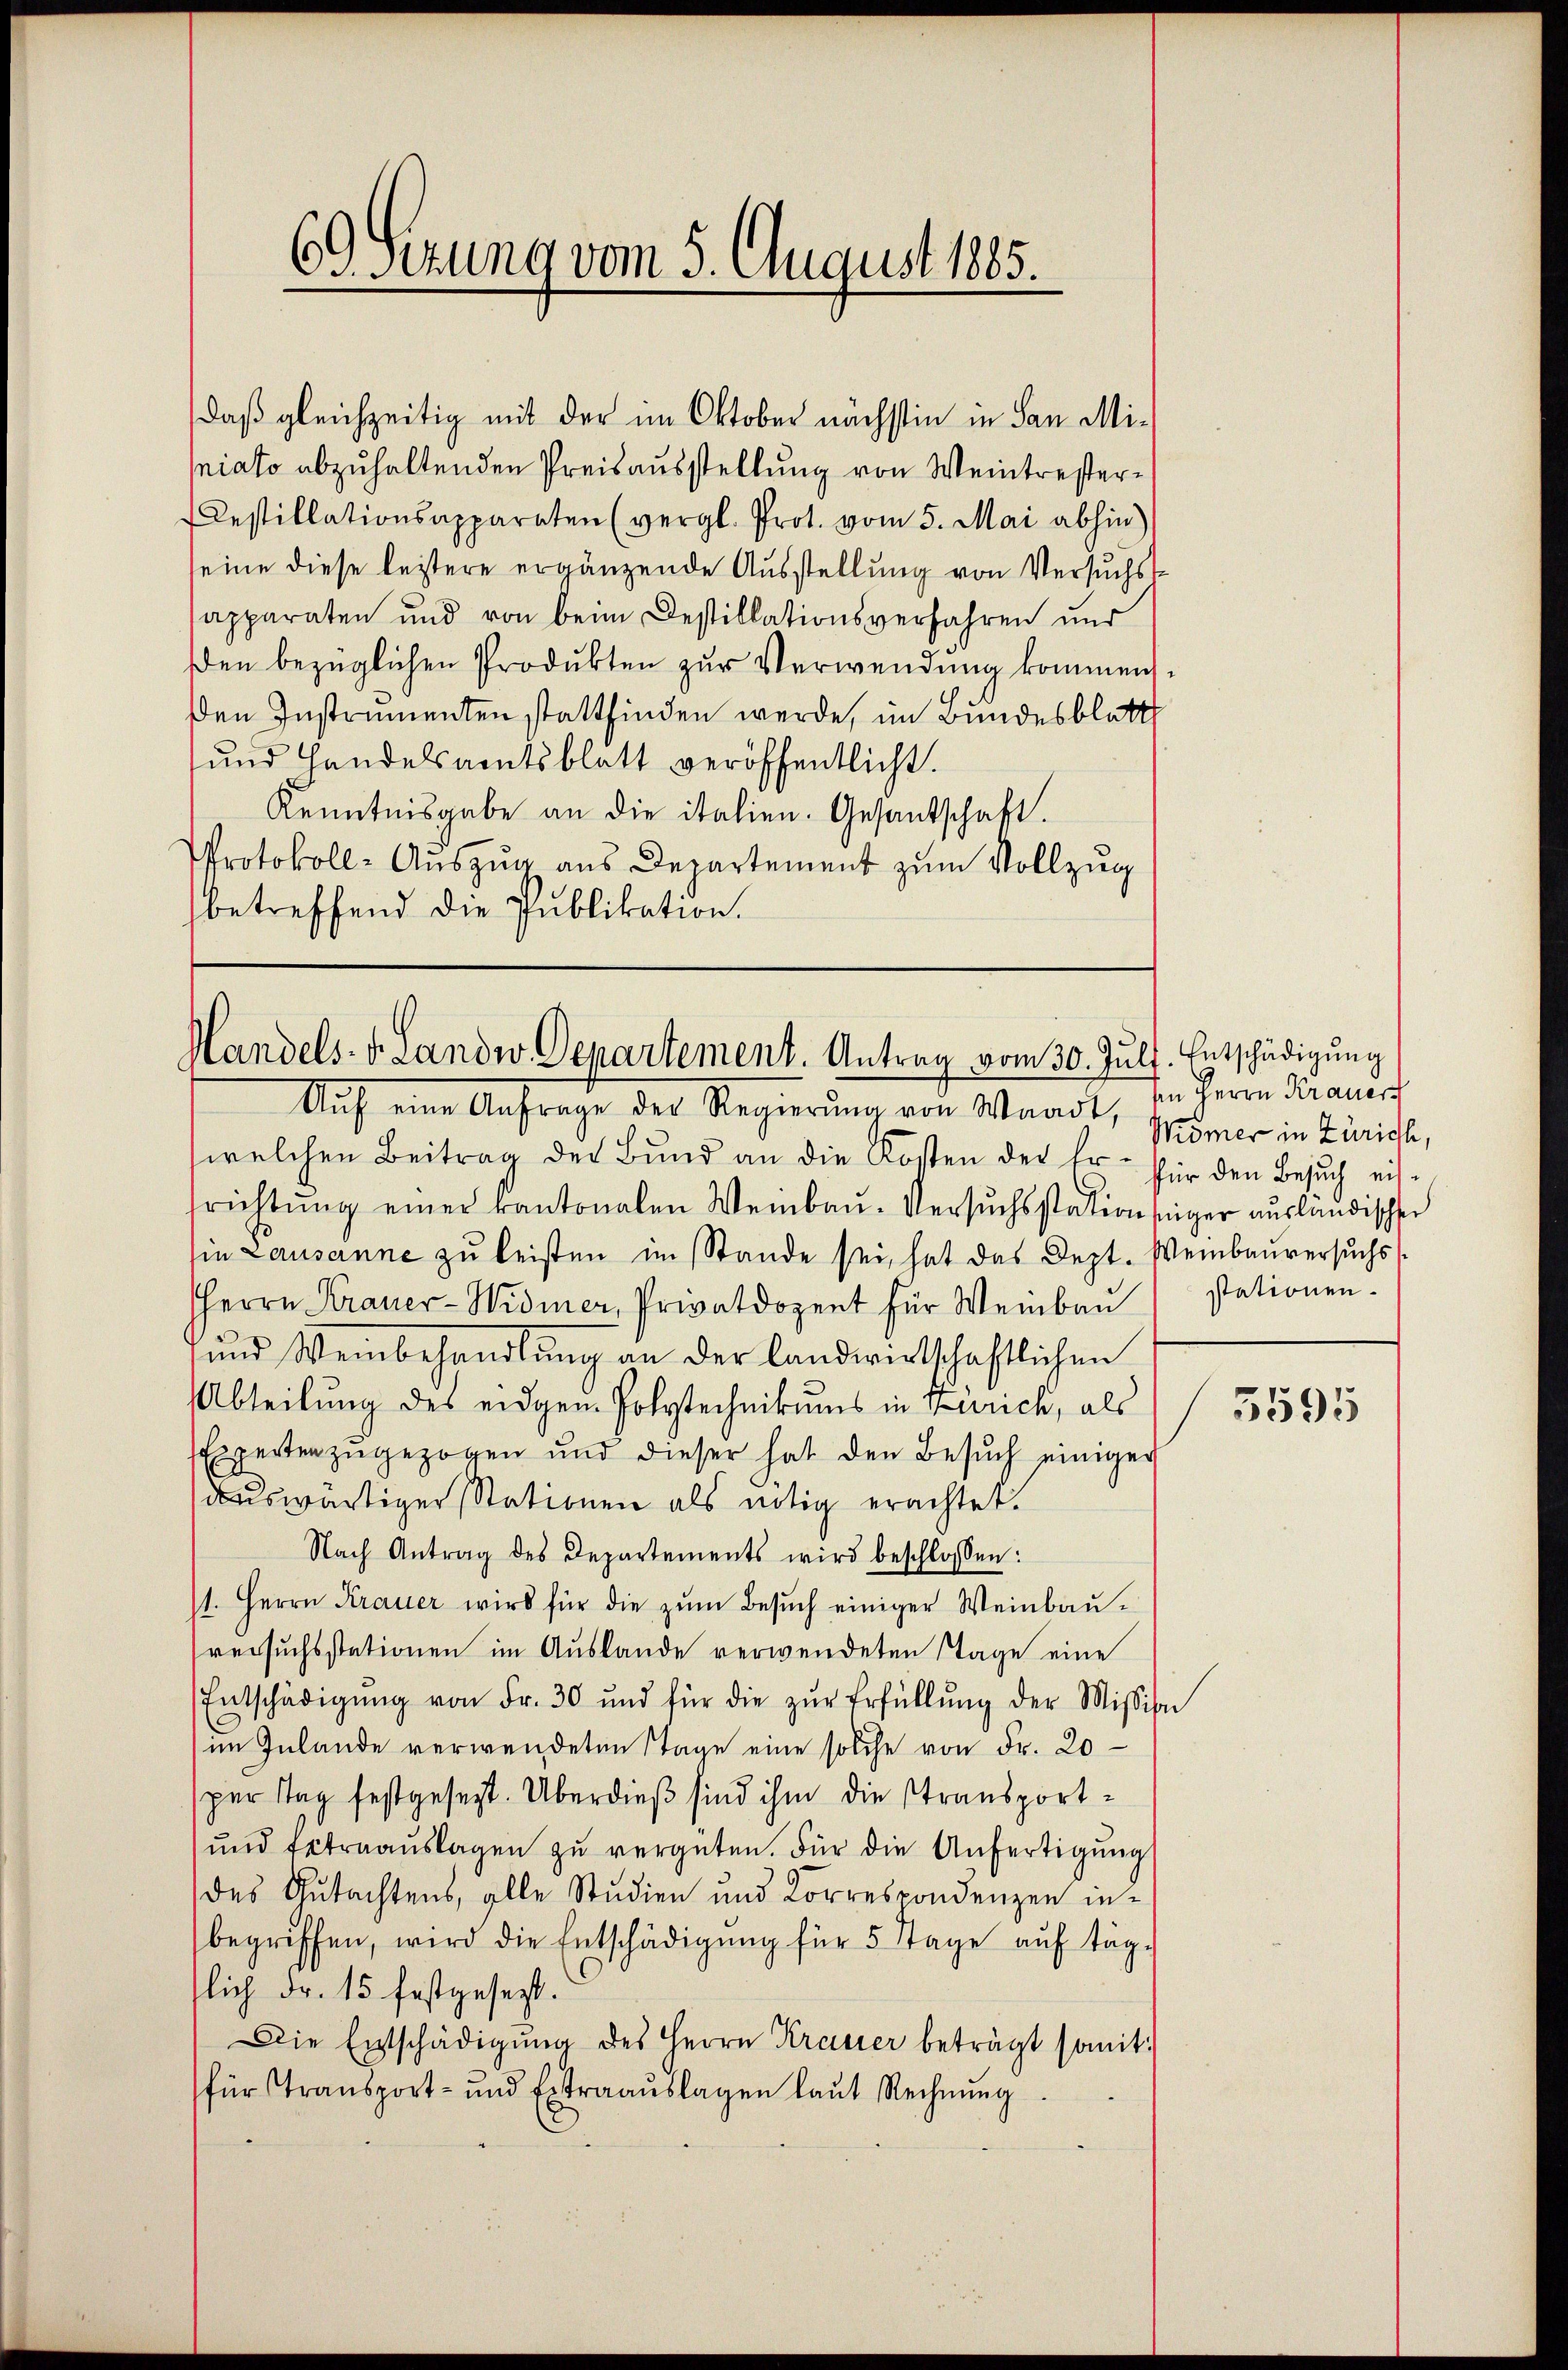
69 Sezung vom 5. August 1885.

daß gleichzeitig mit der im Oktober nächstin in San Miniato abzuhaltenden Preisausstellung von Weintrester¬
Destillationsapparaten (vergl. Prot. vom 5. Mai abhin)
seine diese leitere ergänzende Ausstellung von Versuchs
sapparaten und von beim Destillationsverfahren und
en bezüglichen Produkten zur Verwendung kommen
den Instrumenten stattfinden werde, im Bundesblatt
und Handelsamtsblatt veröffentlicht.
Kenntnisgabe an die italien. Gesandschaft.
Protokoll-Aŭszŭg aŭs Departement zŭm Vollzŭg
betreffend die Publikation.

Handels- v. Landw. Departement. Antrag vom 30. Juli. Entschädigung
Auf eine Ansprache der Regierung von Waadt,

welchen Beitrag der Bund an die Kosten der Er für den Besuch erstrichtŭng einer kantonalen Weinbau. Versuchsstationsiger ausländischen
in Lausanne zu leisten im Stande sei, hat das Dept. Weinbauversuchs
HHerrn Krauer-Widmer, Privatdozent für Weinbaŭ stationen-
ŭnd Weinbehandlŭng an der landwirtschaftlichen
Abteilung des eidgen. Polytechnikums in Zürich, als 3595
Experten zŭgezogen und dieser hat den Besŭch einiger
auswärtiger Stationen als nötig erachtet.
Nach Antrag des Departements wird beschlossen:
/1. Herrn Krauer wird für die zŭm Besŭch einiger Weinbauversuchsstationen im Auslande verwendeten Stage eine
Entschädigŭng von Fr. 30 und für die zŭr Erfüllŭng der Mission
im Inlande verwendeten Stage eine solche von Fr. 20
per Tag festgesezt. Überdieß sind ihm die Stransport¬
und fetraaŭslagen zŭ vergüten. Für die Anfertigung
des Gutachtens, alle Studien und Korrespondenzen in-
begriffen, wird die Entschädigŭng für 5 Tage auf tägflich Fr. 15 festgesezt.
Die Entschädigŭng des Herrn Krauer beträgt somit
für Transport- und Extraauslagen laut Rechnung

sen Herrn Krauer
Mömer in Zürich,